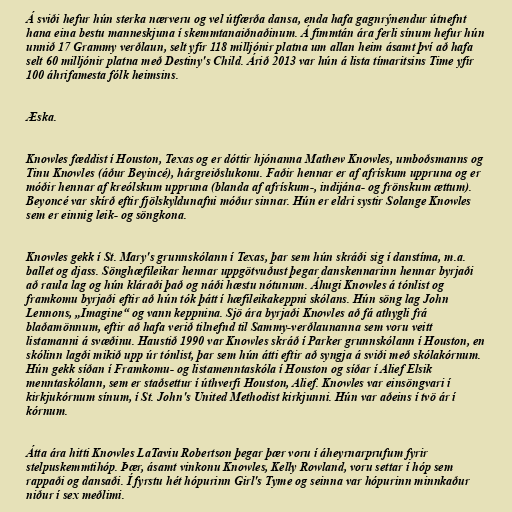
Á sviði hefur hún sterka nærveru og vel útfærða dansa, enda hafa gagnrýnendur útnefnt
hana eina bestu manneskjuna í skemmtanaiðnaðinum. Á fimmtán ára ferli sínum hefur hún
unnið 17 Grammy verðlaun, selt yfir 118 milljónir platna um allan heim ásamt því að hafa
selt 60 milljónir platna með Destiny's Child. Árið 2013 var hún á lista tímaritsins Time yfir
100 áhrifamesta fólk heimsins.

Æska.

Knowles fæddist í Houston, Texas og er dóttir hjónanna Mathew Knowles, umboðsmanns og
Tinu Knowles (áður Beyincé), hárgreiðslukonu. Faðir hennar er af afrískum uppruna og er
móðir hennar af kreólskum uppruna (blanda af afrískum-, indijána- og frönskum ættum).
Beyoncé var skírð eftir fjölskyldunafni móður sinnar. Hún er eldri systir Solange Knowles
sem er einnig leik- og söngkona.

Knowles gekk í St. Mary's grunnskólann í Texas, þar sem hún skráði sig í danstíma, m.a.
ballet og djass. Sönghæfileikar hennar uppgötvuðust þegar danskennarinn hennar byrjaði
að raula lag og hún kláraði það og náði hæstu nótunum. Áhugi Knowles á tónlist og
framkomu byrjaði eftir að hún tók þátt í hæfileikakeppni skólans. Hún söng lag John
Lennons, „Imagine“ og vann keppnina. Sjö ára byrjaði Knowles að fá athygli frá
blaðamönnum, eftir að hafa verið tilnefnd til Sammy-verðlaunanna sem voru veitt
listamanni á svæðinu. Haustið 1990 var Knowles skráð í Parker grunnskólann í Houston, en
skólinn lagði mikið upp úr tónlist, þar sem hún átti eftir að syngja á sviði með skólakórnum.
Hún gekk síðan í Framkomu- og listamenntaskóla í Houston og síðar í Alief Elsik
menntaskólann, sem er staðsettur í úthverfi Houston, Alief. Knowles var einsöngvari í
kirkjukórnum sínum, í St. John's United Methodist kirkjunni. Hún var aðeins í tvö ár í
kórnum.

Átta ára hitti Knowles LaTaviu Robertson þegar þær voru í áheyrnarprufum fyrir
stelpuskemmtihóp. Þær, ásamt vinkonu Knowles, Kelly Rowland, voru settar í hóp sem
rappaði og dansaði. Í fyrstu hét hópurinn Girl's Tyme og seinna var hópurinn minnkaður
niður í sex meðlimi.